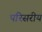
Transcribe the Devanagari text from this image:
परिसरीय